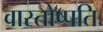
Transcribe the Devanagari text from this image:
वास्तोष्पति